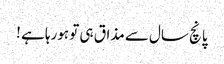
پانچ سال سے مذاق ہی تو ہورہا ہے !